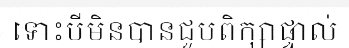
ទោះបីមិនបានជួបពិក្សាផ្ទាល់